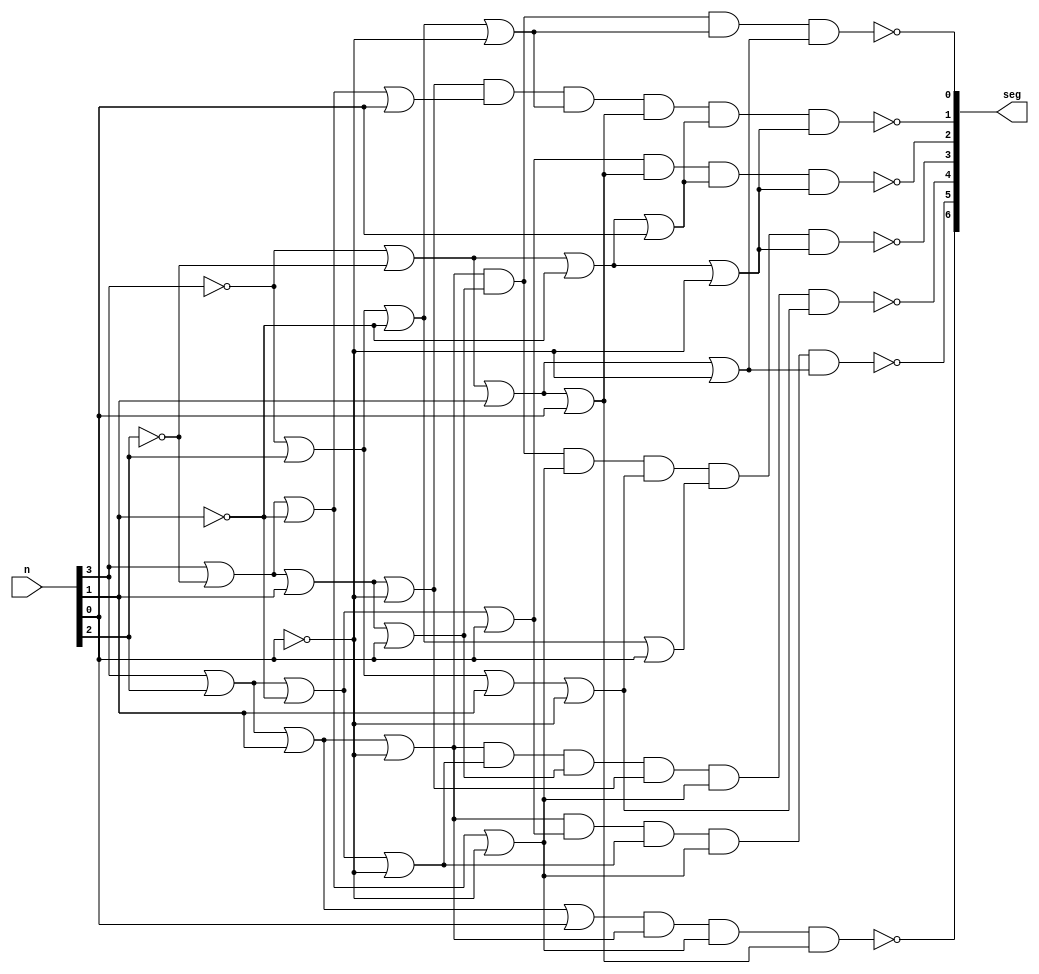
`timescale 1ns / 1ps
//////////////////////////////////////////////////////////////////////////////////
// Company: 
// Engineer: 
// 
// Design Name: 
// Module Name: hex7seg
// Project Name: 
// Target Devices: 
// Tool Versions: 
// Description: 
// 
// Dependencies: 
// 
// Revision:
// Revision 0.01 - File Created
// Additional Comments:
// 
//////////////////////////////////////////////////////////////////////////////////


module hex7seg(
    input [3:0] n,
    output [6:0] seg
    );
    
//    m8_1 A (.in({1'b0, n[0], n[0], 1'b0, 1'b0 ,~n[0], 1'b0, n[0]}), .sel(n[3:1]), .o(seg[0]));
//    m8_1 B (.in({1'b1, ~n[0], n[0], 1'b0, ~n[0], n[0], 1'b0, 1'b0}), .sel(n[3:1]), .o(seg[1]));
//    m8_1 C (.in({1'b1, ~n[0], 1'b0, 1'b0 ,1'b0, 1'b0, ~n[0], 1'b0}), .sel(n[3:1]), .o(seg[2]));
//    m8_1 D (.in({n[0],1'b0,~n[0],n[0],n[0],~n[0],1'b0, n[0]}), .sel(n[3:1]), .o(seg[3]));
//    m8_1 E (.in({1'b0,1'b0,1'b0,n[0],n[0],1'b1,n[0] ,n[0]}), .sel(n[3:1]), .o(seg[4]));
//    m8_1 F (.in({1'b0,n[0],1'b0,1'b0,n[0],1'b0, 1'b1, n[0]}), .sel(n[3:1]), .o(seg[5]));
//    m8_1 G (.in({1'b0,~n[0],1'b0,1'b0,n[0],1'b0, 1'b0,1'b1}), .sel(n[3:1]), .o(seg[6]));
    
    
    
    
    assign seg[0] = ~((n[3]|n[2]|n[1]|~n[0])&(n[3]|~n[2]|n[1]|n[0])&(~n[3]|n[2]|~n[1]|~n[0])&(~n[3]|~n[2]|n[1]|~n[0]));
    assign seg[1] = ~((n[3]|~n[2]|n[1]|~n[0])&(n[3]|~n[2]|~n[1]|n[0])&(~n[3]|n[2]|~n[1]|~n[0])&(~n[3]|~n[2]|n[1]|n[0])&(~n[3]|~n[2]|~n[1]|n[0])&(~n[3]|~n[2]|~n[1]|~n[0]));
    assign seg[2] = ~((n[3]|n[2]|~n[1]|n[0])&(~n[3]|~n[2]|n[1]|n[0])&(~n[3]|~n[2]|~n[1]|n[0])&(~n[3]|~n[2]|~n[1]|~n[0]));
    assign seg[3] = ~((n[3]|n[2]|n[1]|~n[0])&(n[3]|~n[2]|n[1]|n[0])&(n[3]|~n[2]|~n[1]|~n[0])&(~n[3]|n[2]|n[1]|~n[0])&(~n[3]|n[2]|~n[1]|n[0])&(~n[3]|~n[2]|~n[1]|~n[0]));
    assign seg[4] = ~((n[3]|n[2]|n[1]|~n[0])&(n[3]|n[2]|~n[1]|~n[0])&(n[3]|~n[2]|n[1]|n[0])&(n[3]|~n[2]|n[1]|~n[0])&(n[3]|~n[2]|~n[1]|~n[0])&(~n[3]|n[2]|n[1]|~n[0]));
    assign seg[5] = ~((n[3]|n[2]|n[1]|~n[0])&(n[3]|n[2]|~n[1]|n[0])&(n[3]|n[2]|~n[1]|~n[0])&(n[3]|~n[2]|~n[1]|~n[0])&(~n[3]|~n[2]|n[1]|~n[0]));
    assign seg[6] = ~((n[3]|n[2]|n[1]|n[0])&(n[3]|n[2]|n[1]|~n[0])&(n[3]|~n[2]|~n[1]|~n[0])&(~n[3]|~n[2]|n[1]|n[0]));     
endmodule